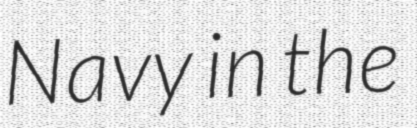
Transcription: Navy in the